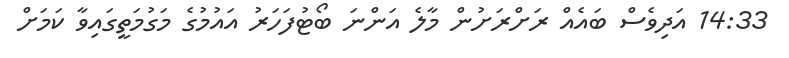
14:33 އަދިވެސް ބައެއް ރަށްރަށުން މާލެ އަންނަ ބޯޓުފަހަރު އައުމުގެ މަގުމަތީގައިވާ ކަމަށް